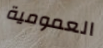
العمومية